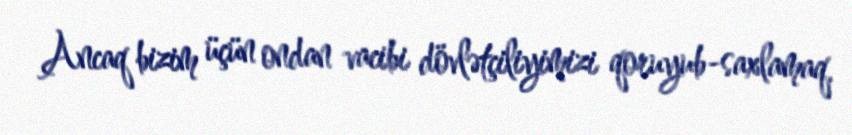
Ancaq bizim üçün ondan vacibi dövlətçiliyimizi qoruyub-saxlamaq,